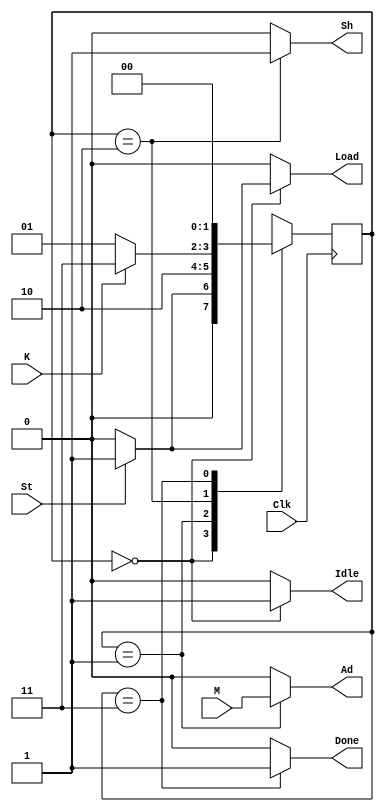
module Control (
	input M, Clk, St, K,
	output reg Idle, Done, Load, Sh, Ad
	);

	parameter S0 = 0, S1 = 1, S2 = 2, S3 = 3;
	(* syn_encoding = "safe" *) reg [1:0] estadoatual, estadoseguinte;
	
	initial
		estadoatual <= 0;
	
	always @ (estadoatual, St, M, K)
		case (estadoatual)
			S0: if (St) estadoseguinte <= S1; else estadoseguinte <= S0;
			S1: estadoseguinte <= S2;
			S2: if (K) estadoseguinte <= S3; else estadoseguinte <= S1;
			S3: estadoseguinte <= S0;
			default: estadoseguinte <= S0;
		endcase
		
	always @ (posedge Clk)
		estadoatual <= estadoseguinte;
		
	always @ (estadoatual, M, St, K)
	begin
		Idle <= 0;
		Done <= 0;
		Load <= 0;
		Sh <= 0;
		Ad <= 0;
		case (estadoatual)
			S0: 
			begin
				Idle <= 1;
				if (St)
					Load <= 1;
			end
			S1: Ad <= M;
			S2: Sh <= 1;
			S3: Done <= 1;
		endcase
	end

endmodule